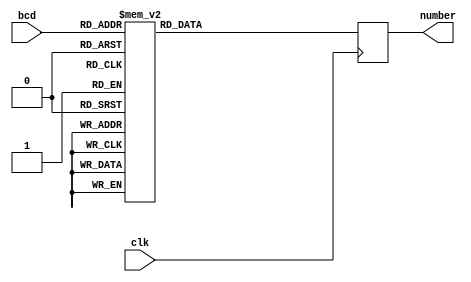
`timescale 1ns / 1ps
//////////////////////////////////////////////////////////////////////////////////
// Company: 
// Engineer: 
// 
// Design Name: 
// Module Name: display
// Project Name: 
// Target Devices: 
// Tool Versions: 
// Description: 
// 
// Dependencies: 
// 
// Revision:
// Revision 0.01 - File Created
// Additional Comments:
// 
//////////////////////////////////////////////////////////////////////////////////


module display(
     clk,
     bcd,
     number
    );
     
     input clk;
     input [3:0] bcd;
     output reg [6:0] number;


    always @(posedge clk)
    begin
        case (bcd) 
                         
            4'd0 : number <= 7'b1111110;
            4'd1 : number <= 7'b0110000;
            4'd2 : number <= 7'b1101101;
            4'd3 : number <= 7'b1111001;
            4'd4 : number <= 7'b0110011;
            4'd5 : number <= 7'b1011011;
            4'd6 : number <= 7'b1011111;
            4'd7 : number <= 7'b1110000;
            4'd8 : number <= 7'b1111111;
            4'd9 : number <= 7'b1111011;            
            
            default : number <= 7'b0000000; 
        endcase
    end
    
    
endmodule